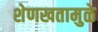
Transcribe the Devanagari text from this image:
शेणखतामुळे